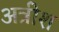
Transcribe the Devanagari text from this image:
अत्रीश